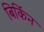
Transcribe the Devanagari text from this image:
बिर्किन